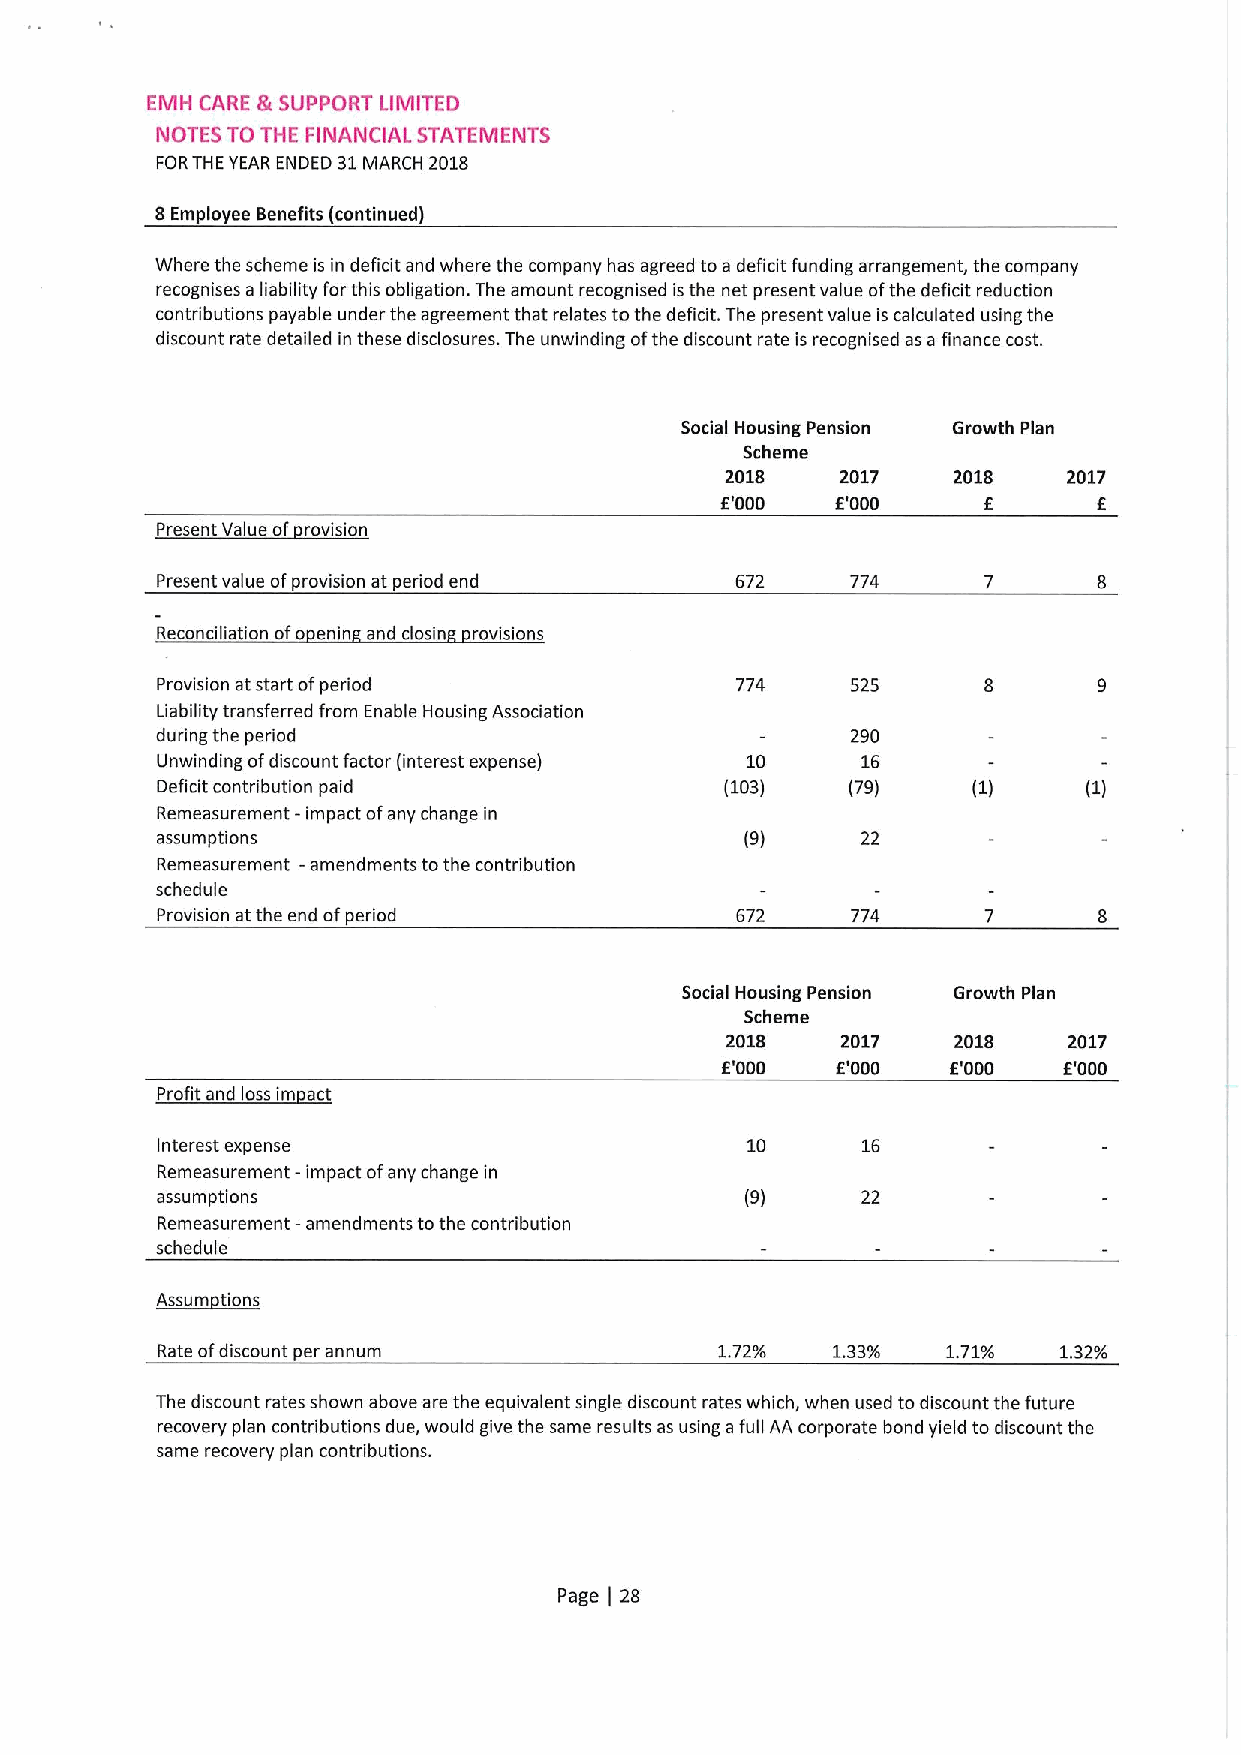
EMH CARE &SUPPORT LIMITED
 NOTES TO THE FINANCIAL STATEMENTS
 FORTHE YEAR ENDED 31MARCH 2018
 8Employee Benefits (continued)
 Where the scheme is in deficit and where the company has agreed to a deficit funding arrangement, the company
 recognises a liability forthis obligation. The amount recognised isthe net present value ofthe deficit reduction
 contributions payable under the agreement that relates to the deficit. The present value is calculated using the
 discount rate detailed in these disclosures. The unwinding ofthe discount rate is recognised as a finance cost.
 Social Housing Pension Growth Plan
 Scheme
 2018    2017   2018    2017
 E'000  E'000     f       f
 Present Value of rovision
 Present value ofprovision at period end 672   774
 Reconciliation ofo enin and closin revisions
 Provision at start ofperiod            774    525
 Liability transferred from Enable Housing Association
 during the period                             290
 Unwinding ofdiscount factor (interest expense) 10 16
 Deficit contribution paid             (103)   (79)    (1)     (1)
 Remeasurement -impact ofany change in
 assumptions                            (9)     22
 Remeasurement —amendments tothe contribution
 schedule
 Provision at the end ofperiod          672    774
 Social Housing Pension Growth Plan
 Scheme
 2018    2017   2018    2017
 E'000  E'000   E'000  f'000
 ~fi
 4
 I
 Interest expense                       10      16
 Remeasurement -impact ofany change in
 assumptions                            (9)     22
 Remeasurement -amendments tothe contribution
 schedule
 A~i
 Rate ofdiscount per annum             1.72%  1.33/0  1.71%  1.32/0
 The discount rates shown above are the equivalent single discount rates which, when used to discount the future
 recovery plan contributions due, would give the same results as using afull AA corporate bond yield to discount the
 same recovery plan contributions.
 Page 28
 (